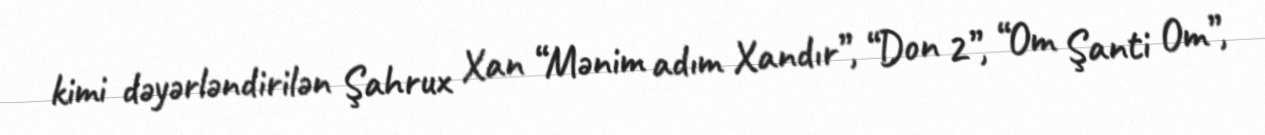
kimi dəyərləndirilən Şahrux Xan “Mənim adım Xandır”, “Don 2”, “Om Şanti Om”,